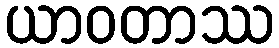
ယာဝတာဿ